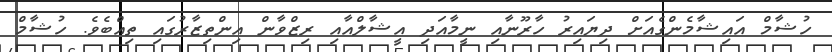
ހުޝާމް އައިޝާމެންގެއަށް ދިޔައިރު ހާރޫނާއި ނީމާއަދި އީޝާލްއާއި ރިޒްވާން އިންތިޒާރުގައި ތިއްބެވެ. ހުޝާމް